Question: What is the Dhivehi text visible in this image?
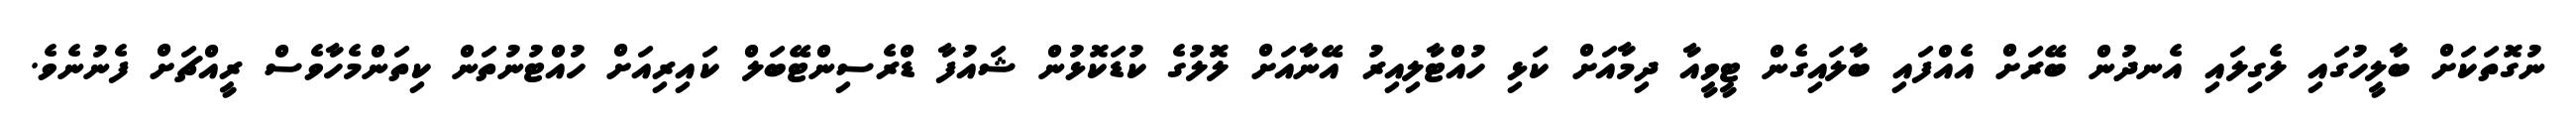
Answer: ނުގޮތަކަށް ބާލީހުގައި ލެގިލައި އެނދުން ބޭރަށް އެއްފައި ބާލައިގެން ޓީވީއާ ދިމާއަށް ކަޅި ހުއްޓާލިއިރު އޭނާއަށް ލޮލުގެ ކުޑަކޮޅުން ޝައުފާ ޑްރެސިންޓޭބަލް ކައިރިއަށް ހުއްޓުނުތަން ކިތަންމެހާވެސް ރީއްޗަށް ފެނުނެވެ.